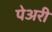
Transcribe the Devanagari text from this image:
पेअरी